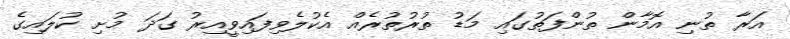
އަރާ ތުނި އޮމާން ތުންފަތުގައި މަޑު ތުރުތުރެއް އެކުލެވިފައިވީއިރު ގަދަ މުށި ކުލައިގެ